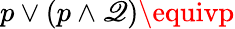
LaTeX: p\vee(p\wedge\mathscr{Q})\equivp